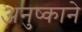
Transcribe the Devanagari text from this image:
अनुष्काने